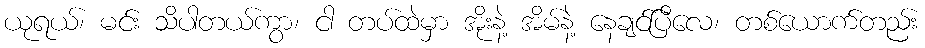
ယုရယ်၊ မင်း သိပါတယ်ကွာ၊ ငါ တပ်ထဲမှာ အိုးနဲ့ အိမ်နဲ့ နေချင်ပြီလေ၊ တစ်ယောက်တည်း